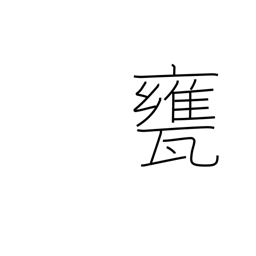
Meaning: vat